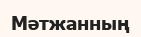
Мәтжанның